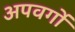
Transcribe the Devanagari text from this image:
अपवर्गो